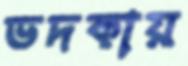
ভদকায়